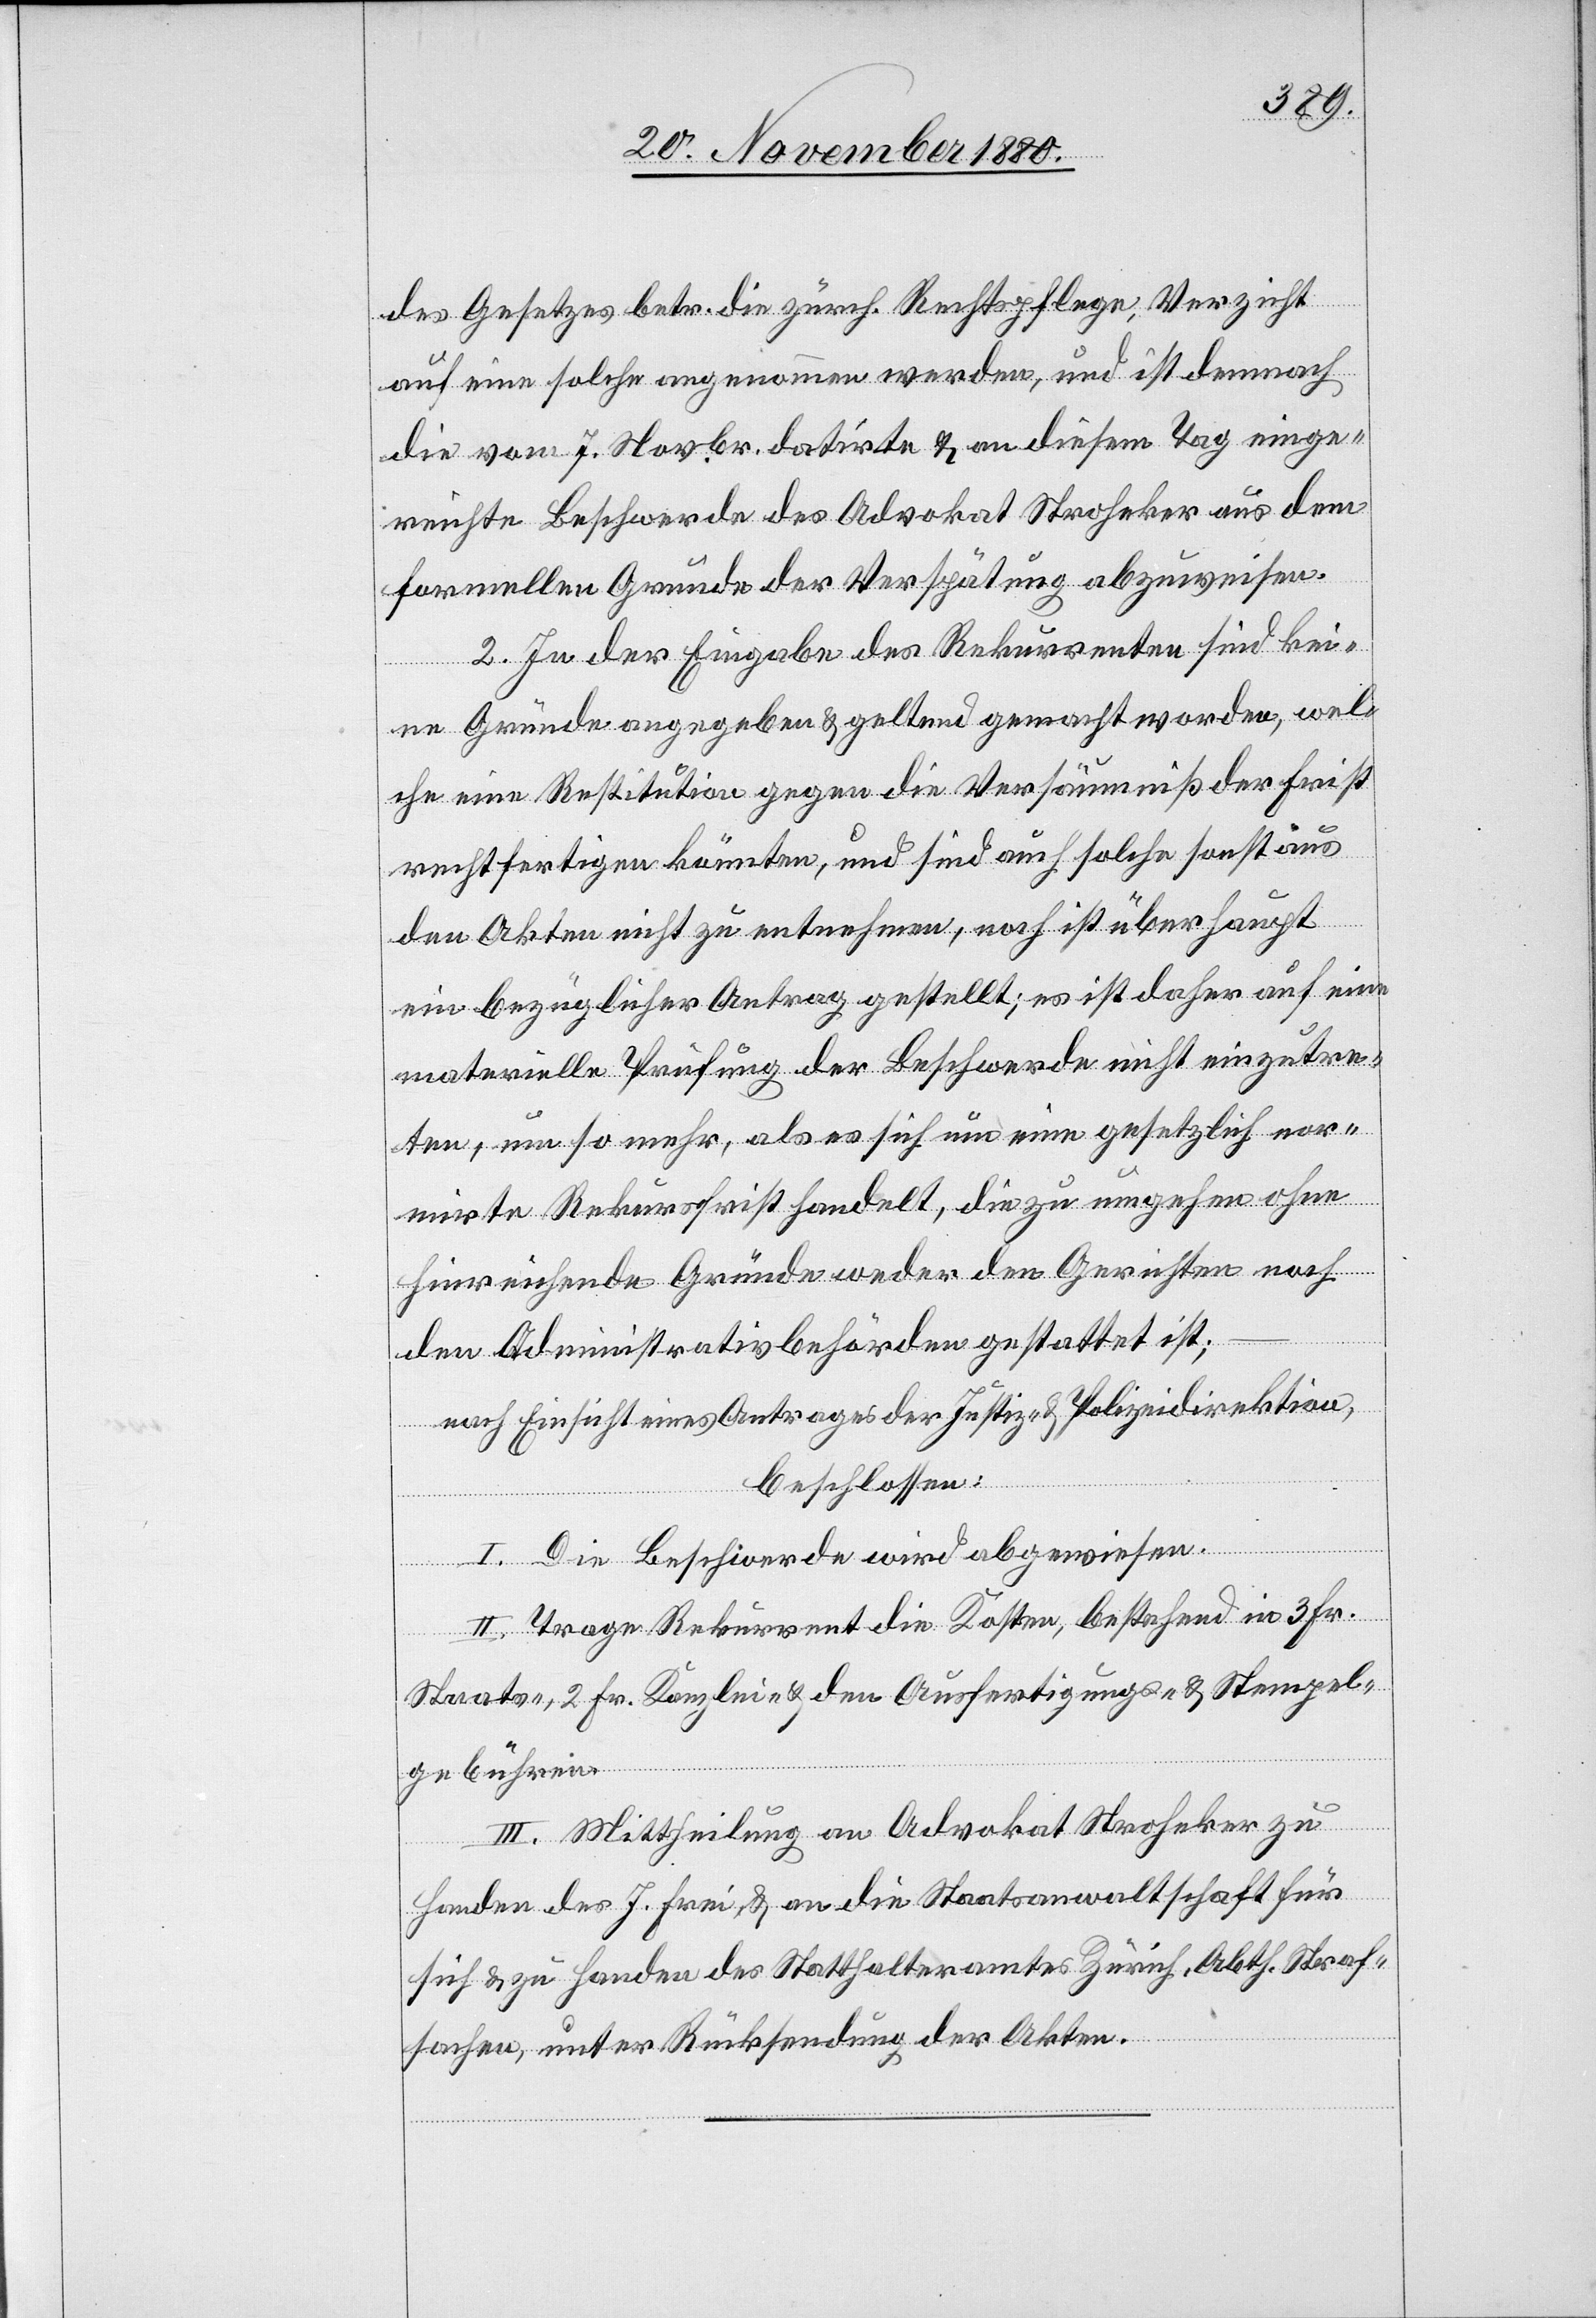
des Gesetzes betr. die zürch. Rechtspflege, Verzicht
auf eine solche angenommen werden und ist demnach
die vom 7. Novbr. datirte & an diesem Tag einge¬
reichte Beschwerde des Advokat Stroheker aus dem
formellen Grunde der Verspätung abzuweisen.
2. In der Eingabe des Rekurrenten sind kei¬
ne Gründe angegeben & geltend gemacht worden, wel¬
che eine Restitution gegen die Versäumniß der Frist
rechtfertigen könnten, und sind auch solche sonst aus
den Akten nicht zu entnehmen, noch ist überhaupt
ein bezüglicher Antrag gestellt; es ist daher auf eine
materielle Prüfung der Beschwerde nicht einzutre¬
ten, um so mehr, als es sich um eine gesetzlich nor¬
mirte Rekursfrist handelt, die zu umgehen ohne
hinreichende Gründe weder den Gerichten noch
den Administrativbehörden gestattet ist;
nach Einsicht eines Antrages der Justiz- & Polizeidirektion,
beschlossen:
I. Die Beschwerde wird abgewiesen.
II. Trage Rekurrent die Kosten, bestehend in 3 Fr.
Staats-, 2 Fr. Kanzlei- & den Ausfertigungs- & Stempel¬
gebühren.
III. Mittheilung an Advokat Stroheker zu
Handen des J. Frei, & an die Staatsanwaltschaft für
sich & zu Handen des Statthalteramtes Zürich, Abth. Straf¬
sachen, unter Rücksendung der Akten.